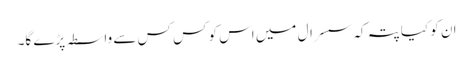
ان کو کیا پتہ کہ سسرال میں اس کو کس کس سے واسطہ پڑے گا۔